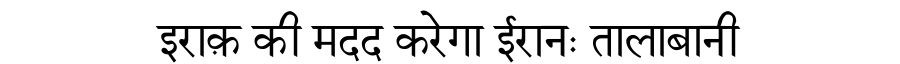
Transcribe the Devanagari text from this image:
इराक़ की मदद करेगा ईरानः तालाबानी